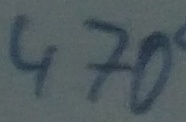
Text: 470